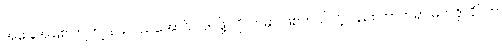
အခြေအမြစ် ကျကျ နားလည်အောင် လုပ်ဖို့ လိုလာမှာ ဖြစ်တယ်လို့လည်း ဘာဘရာ မက်ဇိုလိုင်က